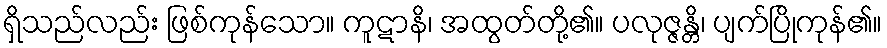
ရှိသည်လည်း ဖြစ်ကုန်သော။ ကူဋာနိ၊ အထွတ်တို့၏။ ပလုဇ္ဇန္တိ၊ ပျက်ပြိုကုန်၏။